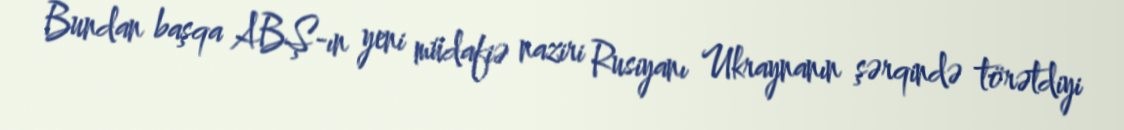
Bundan başqa ABŞ-ın yeni müdafiə naziri Rusiyanı Ukraynanın şərqində törətdiyi